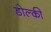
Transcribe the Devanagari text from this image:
डोल्की